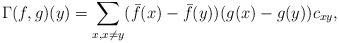
LaTeX: \begin{gather*}\Gamma(f,g)(y)=\sum\limits_{x, x \neq y} (\bar f(x)-\bar f(y))(g(x)-g(y))c_{xy},\end{gather*}